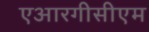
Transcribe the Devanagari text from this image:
एआरगीसीएम